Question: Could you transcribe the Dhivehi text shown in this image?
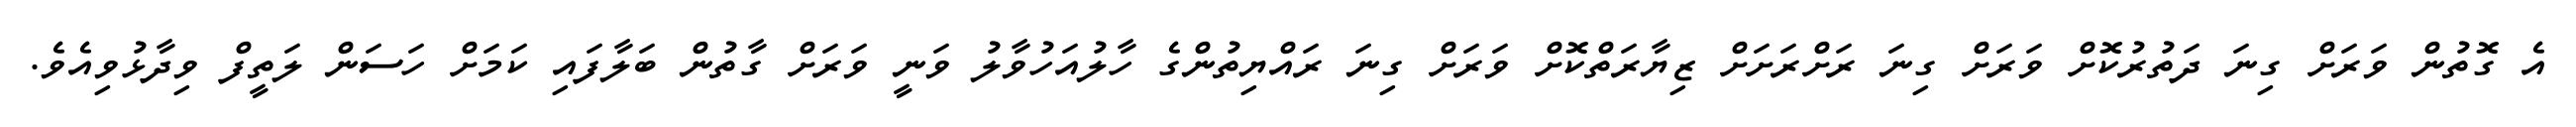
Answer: އެ ގޮތުން ވަރަށް ގިނަ ދަތުރުކޮށް ވަރަށް ގިނަ ރަށްރަށަށް ޒިޔާރަތްކޮށް ވަރަށް ގިނަ ރައްޔިތުންގެ ހާލުއަހުވާލު ވަނީ ވަރަށް ގާތުން ބަލާފައި ކަމަށް ހަސަން ލަތީފް ވިދާޅުވިއެވެ.